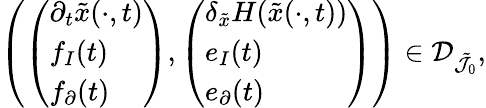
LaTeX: \begin{array}{r}{\left(\left(\begin{array}{l}{\partial_{t}\tilde{x}(\cdot,t)}\\ {f_{I}(t)}\\ {f_{\partial}(t)}\end{array}\right),\left(\begin{array}{l}{\delta_{\tilde{x}}H(\tilde{x}(\cdot,t))}\\ {e_{I}(t)}\\ {e_{\partial}(t)}\end{array}\right)\right)\in\mathcal{D}_{\tilde{\mathcal{J}}_{0}},}\end{array}